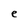
Character: e